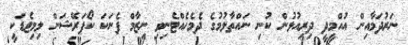
ނަރުދަމާއިން އުއްމީދީ ދިރިއުޅުން ކުނި ނައްތާލުމުގެ ދެމެހެއްޓެނިވި ނިޒާމް ފެނަކަ ކޯޕަރޭޝަން ލިމިޓެޑަކީ